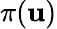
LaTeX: \pi(\mathbf{u})